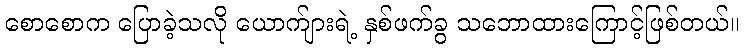
စောစောက ပြောခဲ့သလို ယောက်ျားရဲ့ နှစ်ဖက်ခွ သဘောထားကြောင့်ဖြစ်တယ်။